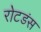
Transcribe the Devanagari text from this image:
रोटडंस